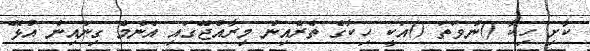
ކާށި ހިކާ ()ނުވަތަ ()އަކީ ހިކާގެ ތެރެއިން މިރާއްޖޭގައި އެންމެ ގިނައިން އުޅޭ